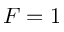
F = 1